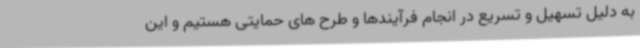
به دلیل تسهیل و تسریع در انجام فرآیندها و طرح های حمایتی هستیم و این